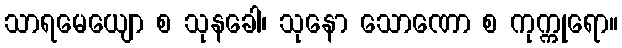
သာရမေယျော စ သုနခေါ၊ သုနော သောဏော စ ကုက္ကုရော။